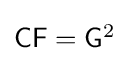
{\textstyle {\mathsf {CF}}={\mathsf {G}}^{2}}